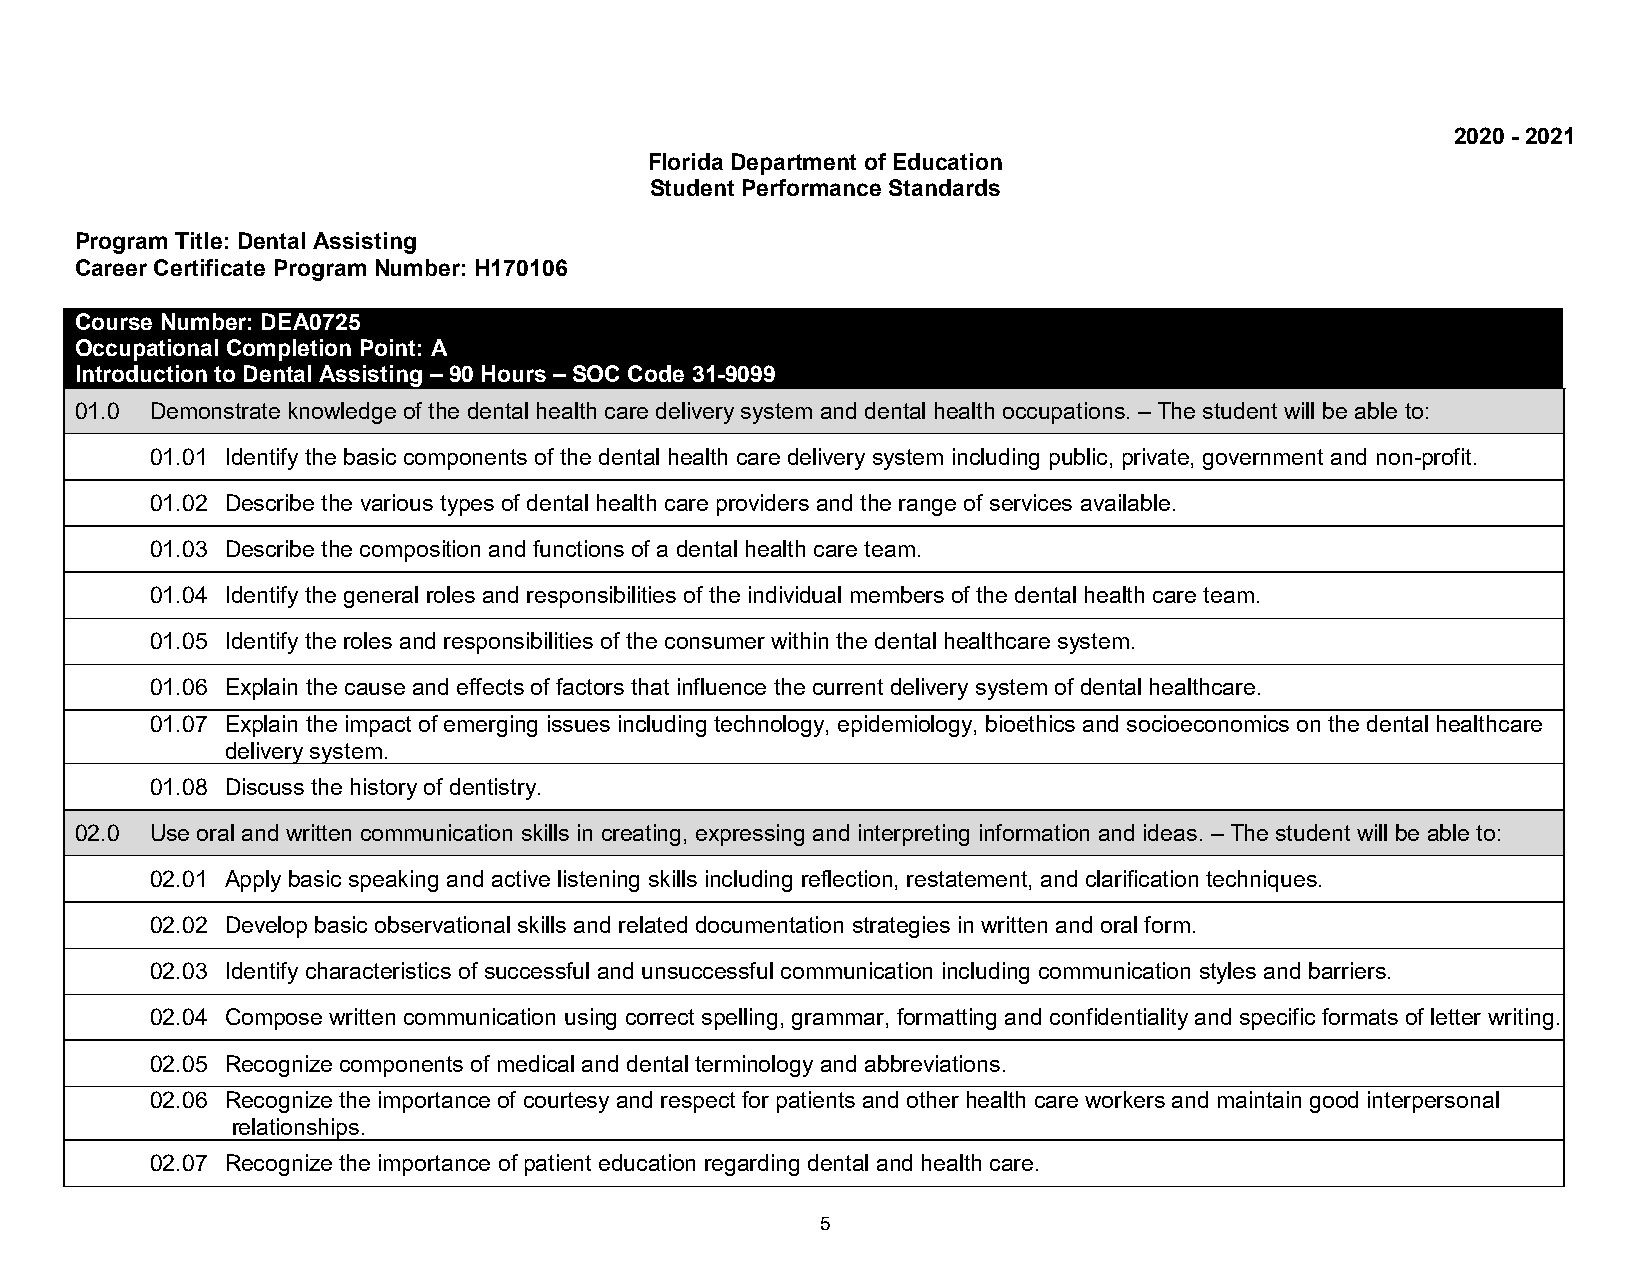
2020 - 2021
 Florida Department of Education
 Student Performance Standards
 Program Title: Dental Assisting
 Career Certificate Program Number: H170106
 Course Number: DEA0725
 Occupational Completion Point: A
 Introduction to Dental Assisting – 90 Hours – SOC Code 31-9099
 01.0 Demonstrate knowledge of the dental health care delivery system and dental health occupations. – The student will be able to:
 01.01 Identify the basic components of the dental health care delivery system including public, private, government and non-profit.
 01.02 Describe the various types of dental health care providers and the range of services available.
 01.03 Describe the composition and functions of a dental health care team.
 01.04 Identify the general roles and responsibilities of the individual members of the dental health care team.
 01.05 Identify the roles and responsibilities of the consumer within the dental healthcare system.
 01.06 Explain the cause and effects of factors that influence the current delivery system of dental healthcare.
 01.07 Explain the impact of emerging issues including technology, epidemiology, bioethics and socioeconomics on the dental healthcare
 delivery system.
 01.08 Discuss the history of dentistry.
 02.0 Use oral and written communication skills in creating, expressing and interpreting information and ideas. – The student will be able to:
 02.01 Apply basic speaking and active listening skills including reflection, restatement, and clarification techniques.
 02.02 Develop basic observational skills and related documentation strategies in written and oral form.
 02.03 Identify characteristics of successful and unsuccessful communication including communication styles and barriers.
 02.04 Compose written communication using correct spelling, grammar, formatting and confidentiality and specific formats of letter writing.
 02.05 Recognize components of medical and dental terminology and abbreviations.
 02.06 Recognize the importance of courtesy and respect for patients and other health care workers and maintain good interpersonal
 relationships.
 02.07 Recognize the importance of patient education regarding dental and health care.
 5